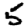
Digit: 5